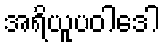
အရိယူပဝါဒေါ